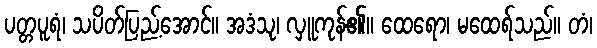
ပတ္တပူရံ၊ သပိတ်ပြည့်အောင်။ အဒံသု၊ လှူကုန်၏။ ထေရော၊ မထေရ်သည်။ တံ၊